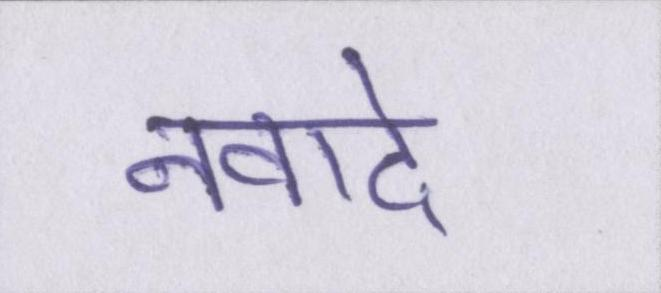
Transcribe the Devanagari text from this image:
नवादे